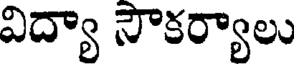
విద్యా సౌకర్యాలు